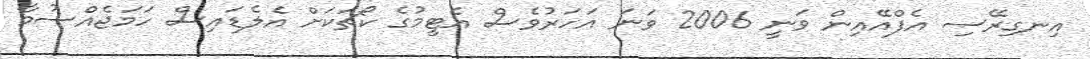
އިނގިރޭސި އެފްއޭއިން ވަނީ 2006 ވަނަ އަހަރުވެސް އެޓީމުގެ ކޯޗަކަށް އެލެޑައިސް ހަމަޖެއްސުމާ